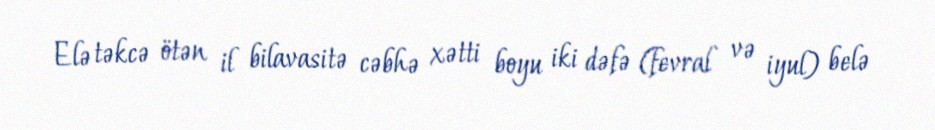
Elə təkcə ötən il bilavasitə cəbhə xətti boyu iki dəfə (fevral və iyul) belə